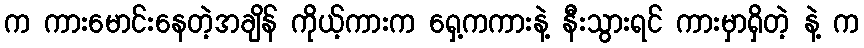
က ကားမောင်းနေတဲ့အချိန် ကိုယ့်ကားက ရှေ့ကကားနဲ့ နီးသွားရင် ကားမှာရှိတဲ့ နဲ့ က